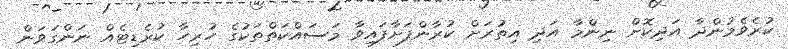
ކުރެވެމުންދާ އަދިކޮށް ނިންމާ އަދި އިތުރަށް ކުރާންފަށާފައިވާ މަސައްކަތްތަކުގެ ހުރިހާ ކުރެޑިޓެއް ނަންގަވަން